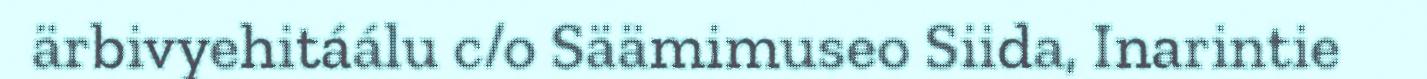
ärbivyehitáálu c/o Säämimuseo Siida, Inarintie